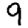
Digit: 9